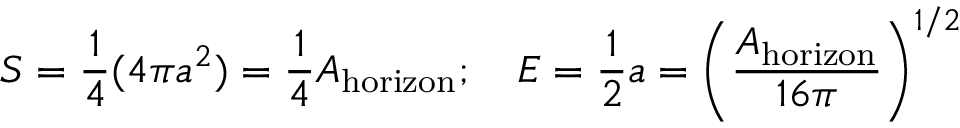
S = { \frac { 1 } { 4 } } ( 4 \pi a ^ { 2 } ) = { \frac { 1 } { 4 } } A _ { \mathrm { h o r i z o n } } ; \quad E = { \frac { 1 } { 2 } } a = \left( { \frac { A _ { \mathrm { h o r i z o n } } } { 1 6 \pi } } \right) ^ { 1 / 2 }